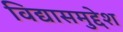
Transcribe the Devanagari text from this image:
विद्यासमुद्देश